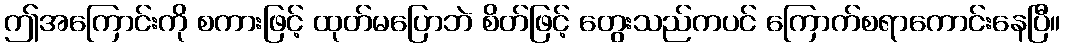
ဤအကြောင်းကို စကားဖြင့် ထုတ်မပြောဘဲ စိတ်ဖြင့် တွေးသည်ကပင် ကြောက်စရာကောင်းနေပြီ။